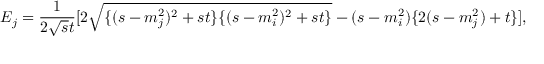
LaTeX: E _ { j } = \frac { 1 } { 2 \sqrt { s } t } [ 2 \sqrt { \{ ( s - m _ { j } ^ { 2 } ) ^ { 2 } + s t \} \{ ( s - m _ { i } ^ { 2 } ) ^ { 2 } + s t \} } - ( s - m _ { i } ^ { 2 } ) \{ 2 ( s - m _ { j } ^ { 2 } ) + t \} ] ,